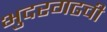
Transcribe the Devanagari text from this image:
भुदरगढची